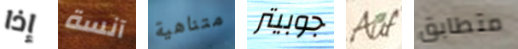
إذا آنسة متناهية جوبيتر Auf متطابق